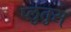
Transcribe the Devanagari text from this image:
प्लुतुस्